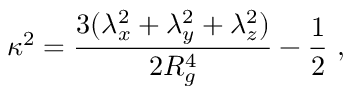
\kappa ^ { 2 } = \frac { 3 ( \lambda _ { x } ^ { 2 } + \lambda _ { y } ^ { 2 } + \lambda _ { z } ^ { 2 } ) } { 2 R _ { g } ^ { 4 } } - \frac { 1 } { 2 } ~ ,